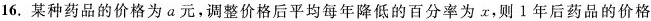
16.某种药品的价格为a元，调整价格后平均每年降低的百分率为x，则1年后药品的价格